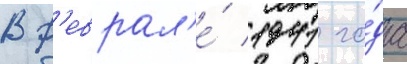
В ф'еврал'е́ 1941 го́да